Problem: 4 × 9 = ?
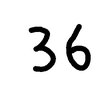
Handwritten answer: 36